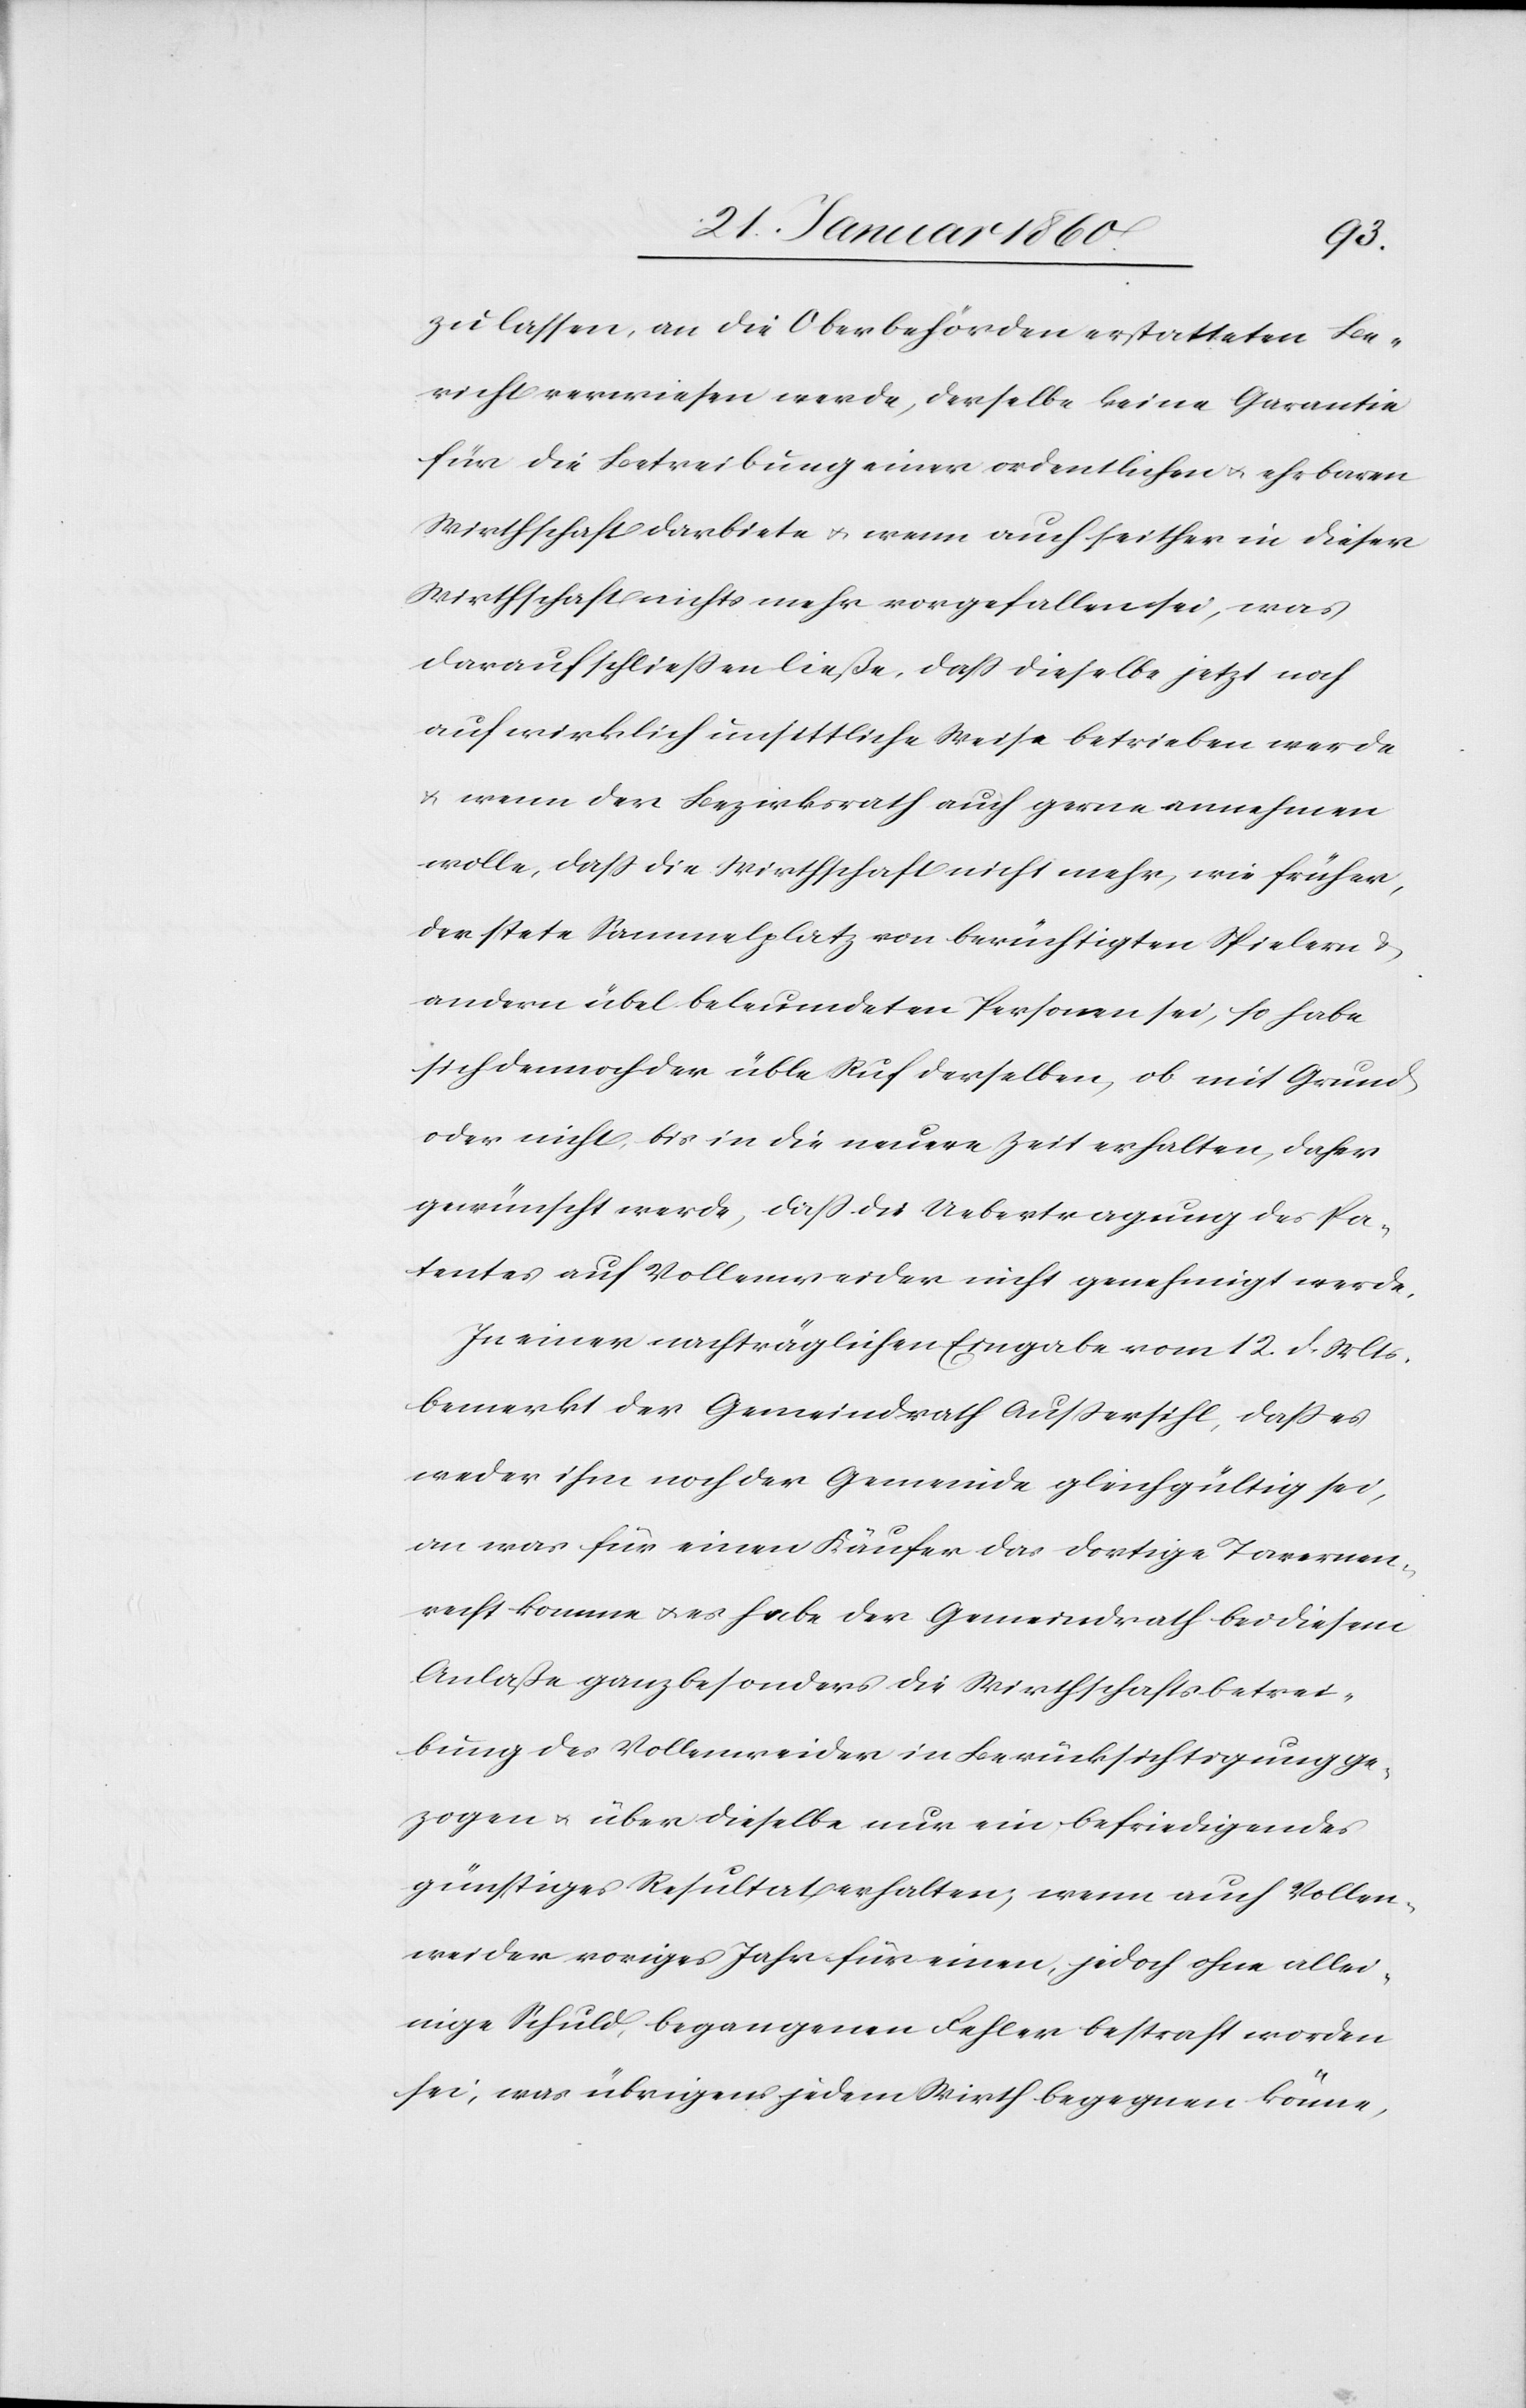
zu lassen, an die Oberbehörden erstatteten Be¬
richt verwiesen werde, derselbe keine Garantie
für die Betreibung einer ordentlichen u. ehrbaren
Wirthschaft darbiete u. wenn auch seither in dieser
Wirthschaft nichts mehr vorgefallen sei, was
darauf schließen ließe, dass dieselbe jetzt noch
auf wirklich unsittliche Weise betrieben werde
u. wenn der Bezirksrath auch gerne annehmen
wolle, daß die Wirthschaft nicht mehr, wie früher,
der stete Sammelplatz von berüchtigten Spielern u.
andern übel beleumdeten Personen sei, so habe
sich dennoch der üble Ruf derselben, ob mit Grund
oder nicht, bis in die neuere Zeit erhalten, daher
gewünscht werde, daß die Uebetragung des Pa¬
tentes auf Vollenweider nicht genehmigt werde.
In einer nachträglichen Eingabe vom 12. d. Mts.
bemerkt der Gemeindrath Außersihl, daß es
weder ihm noch der Gemeinde gleichgültig sei,
an was für einen Käufer das dortige Tavernen¬
recht komme u. es habe der Gemeindrath bei diesem
Anlasse ganz besonders die Wirthschaftsbetrei¬
bung des Vollenweider in Berücksichtigung ge¬
zogen u. über dieselbe nur ein befriedigendes
günstiges Resultat erhalten, wenn auch Vollen¬
weider voriges Jahr für einen, jedoch ohne allei¬
nige Schuld, begangenen Fehler bestraft worden
sei, was übrigens jedem Wirth begegnen könne,